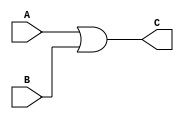
/******************************************************************
* Description
*		This is an AND gate:
* Version:
*	1.0
* Author:
*	Dr. Jos Luis Pizano Escalante
* email:
*	luispizano@iteso.mx
* Date:
*	01/03/2014
******************************************************************/
module ORGate
(
	/* ---------------------- INPUTS ----------------------*/
	input A,
	input B,
	
	/* ---------------------- OUTPUT ----------------------*/
	output reg C
);

always@(*)
	C = A | B;

endmodule
//orgate//